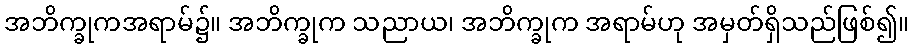
အဘိက္ခုကအရာမ်၌။ အဘိက္ခုက သညာယ၊ အဘိက္ခုက အရာမ်ဟု အမှတ်ရှိသည်ဖြစ်၍။